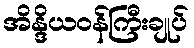
အိန္ဒိယဝန်ကြီးချုပ်